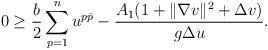
LaTeX: \begin{align*} 0\geq \frac{b}{2}\sum_{p=1}^n u^{p\bar p} -\frac{A_1 (1 + \Vert \nabla v\Vert^2 + \Delta v)}{g \Delta u}. \end{align*}